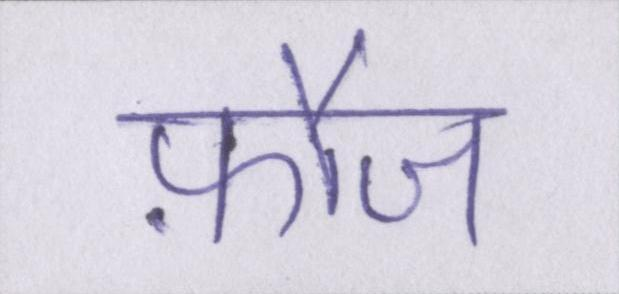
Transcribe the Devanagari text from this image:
फ़ौज